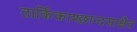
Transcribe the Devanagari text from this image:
तार्किकाश्छान्दसाश्चैव